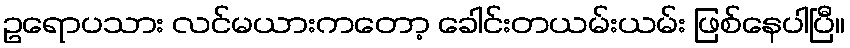
ဥရောပသား လင်မယားကတော့ ခေါင်းတယမ်းယမ်း ဖြစ်နေပါပြီ။